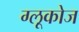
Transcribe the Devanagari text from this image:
ग्‍लूकोज